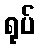
ရုပ်